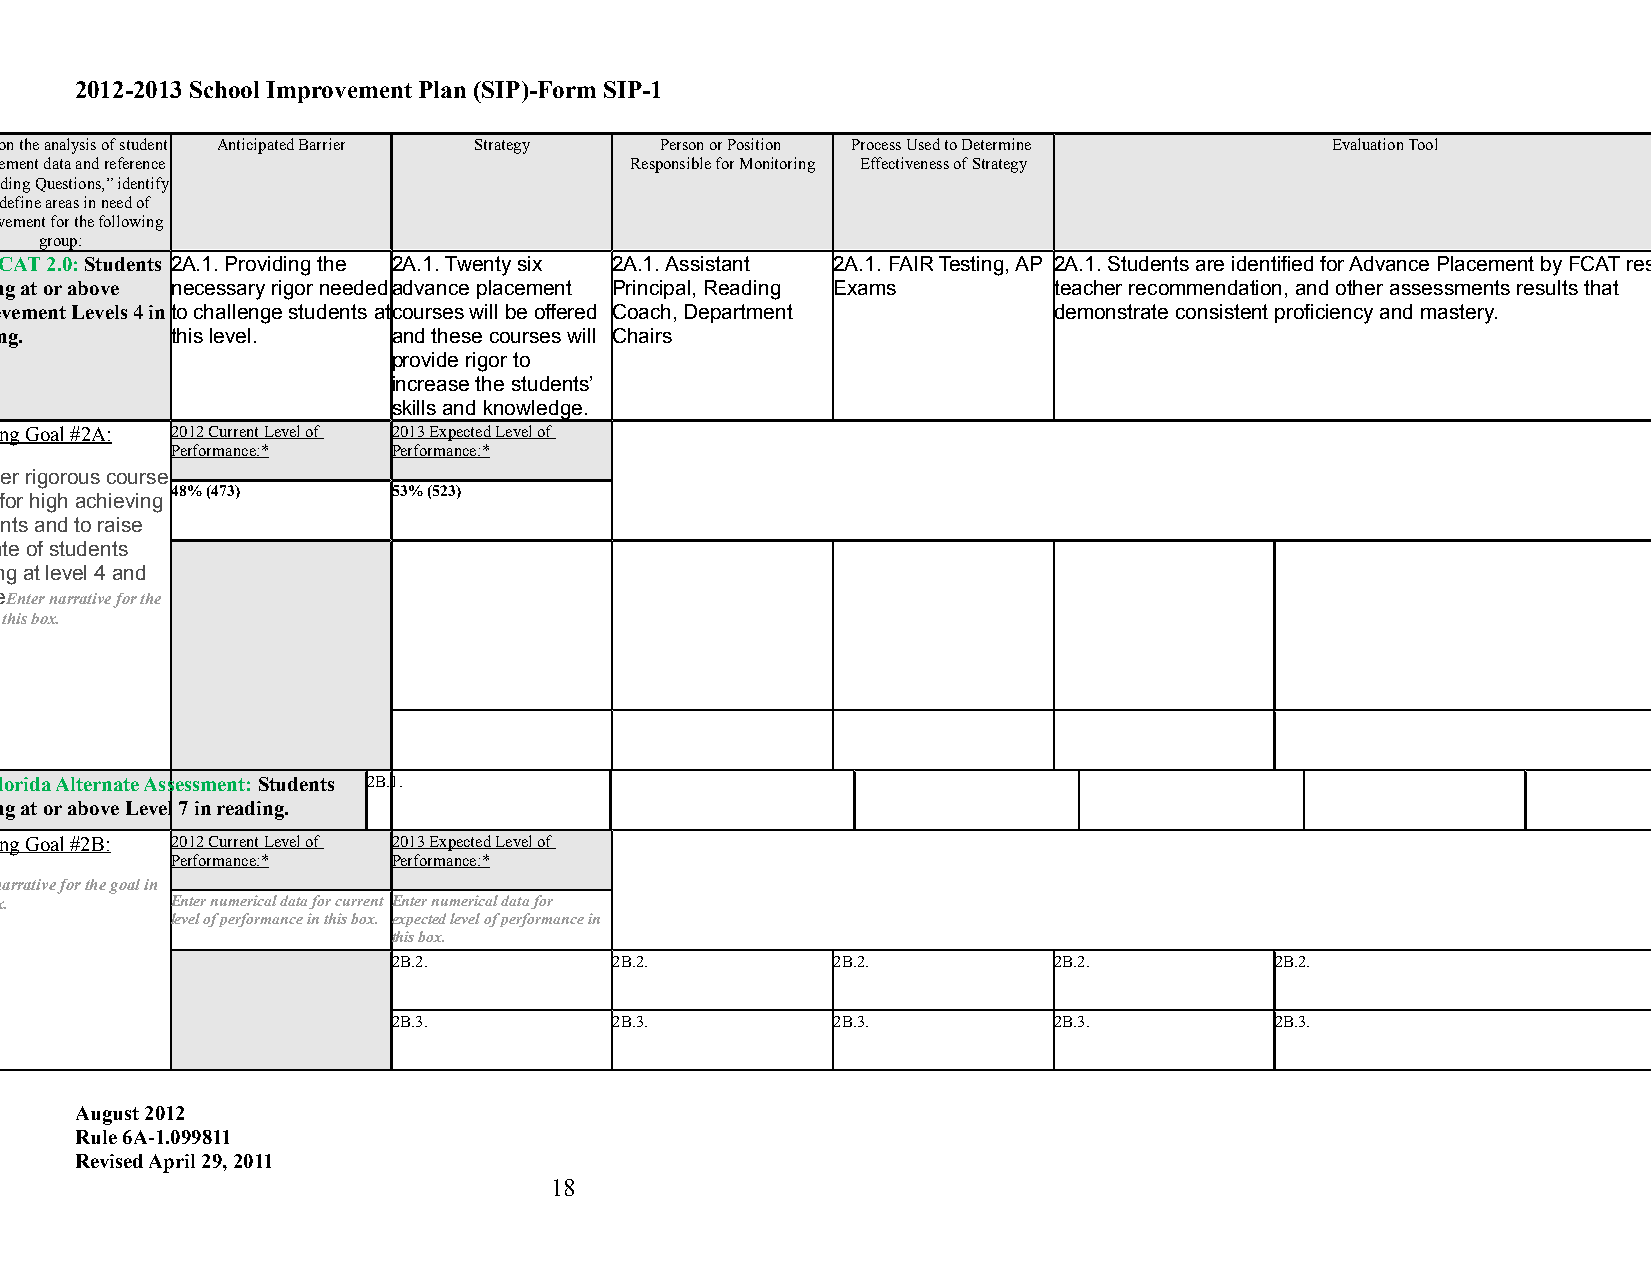
2012-2013 School Improvement Plan (SIP)-Form SIP-1
 Based on the analysis of student Anticipated Barrier Strategy Person or Position Process Used to Determine Evaluation Tool
 achievement data and reference            Responsible for Monitoring Effectiveness of Strategy
 to “Guiding Questions,” identify
 and define areas in need of
 improvement for the following
 group:
 FCAT 2.0: Students 2A.1. Providing the 2A.1. Twenty six 2A.1. Assistant 2A.1. FAIR Testing, AP 2A.1. Students are identified for Advance Placement by FCAT results,
 scoring at or above necessary rigor needed advance placement Principal, Reading Exams teacher recommendation, and other assessments results that
 Achievement Levels 4 in to challenge students at courses will be offered Coach, Department demonstrate consistent proficiency and mastery.
 reading.   this level.    and these courses will Chairs
 provide rigor to
 increase the students’
 skills and knowledge.
 Reading Goal #2A: 2012 Current Level of 2013 Expected Level of
 Performance:*  Performance:*
 To offer rigorous course
 48% (473)      53% (523)
 work for high achieving
 students and to raise
 the rate of students
 scoring at level 4 and
 avoveEnter narrative for the
 goal in this box.
 Florida Alternate Assessment: Students 2B.1.
 scoring at or above Level 7 in reading.
 Reading Goal #2B: 2012 Current Level of 2013 Expected Level of
 Performance:*  Performance:*
 Enter narrative for the goal in
 this box.  Enter numerical data for current Enter numerical data for
 level of performance in this box. expected level of performance in
 this box.
 2B.2.          2B.2.         2B.2.          2B.2.         2B.2.
 2B.3.          2B.3.         2B.3.          2B.3.         2B.3.
 August 2012
 Rule 6A-1.099811
 Revised April 29, 2011
 18